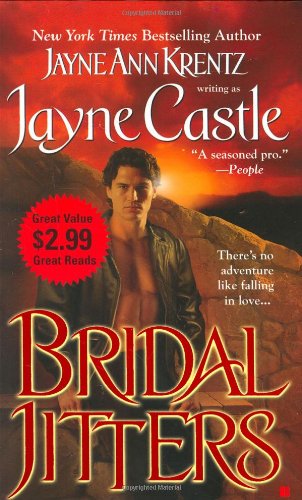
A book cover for Bridal Jitters (Ghost Hunters); Jayne Castle; Romance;